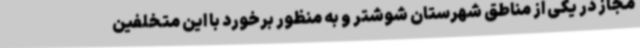
مجاز در یکی از مناطق شهرستان شوشتر و به منظور برخورد با این متخلفین